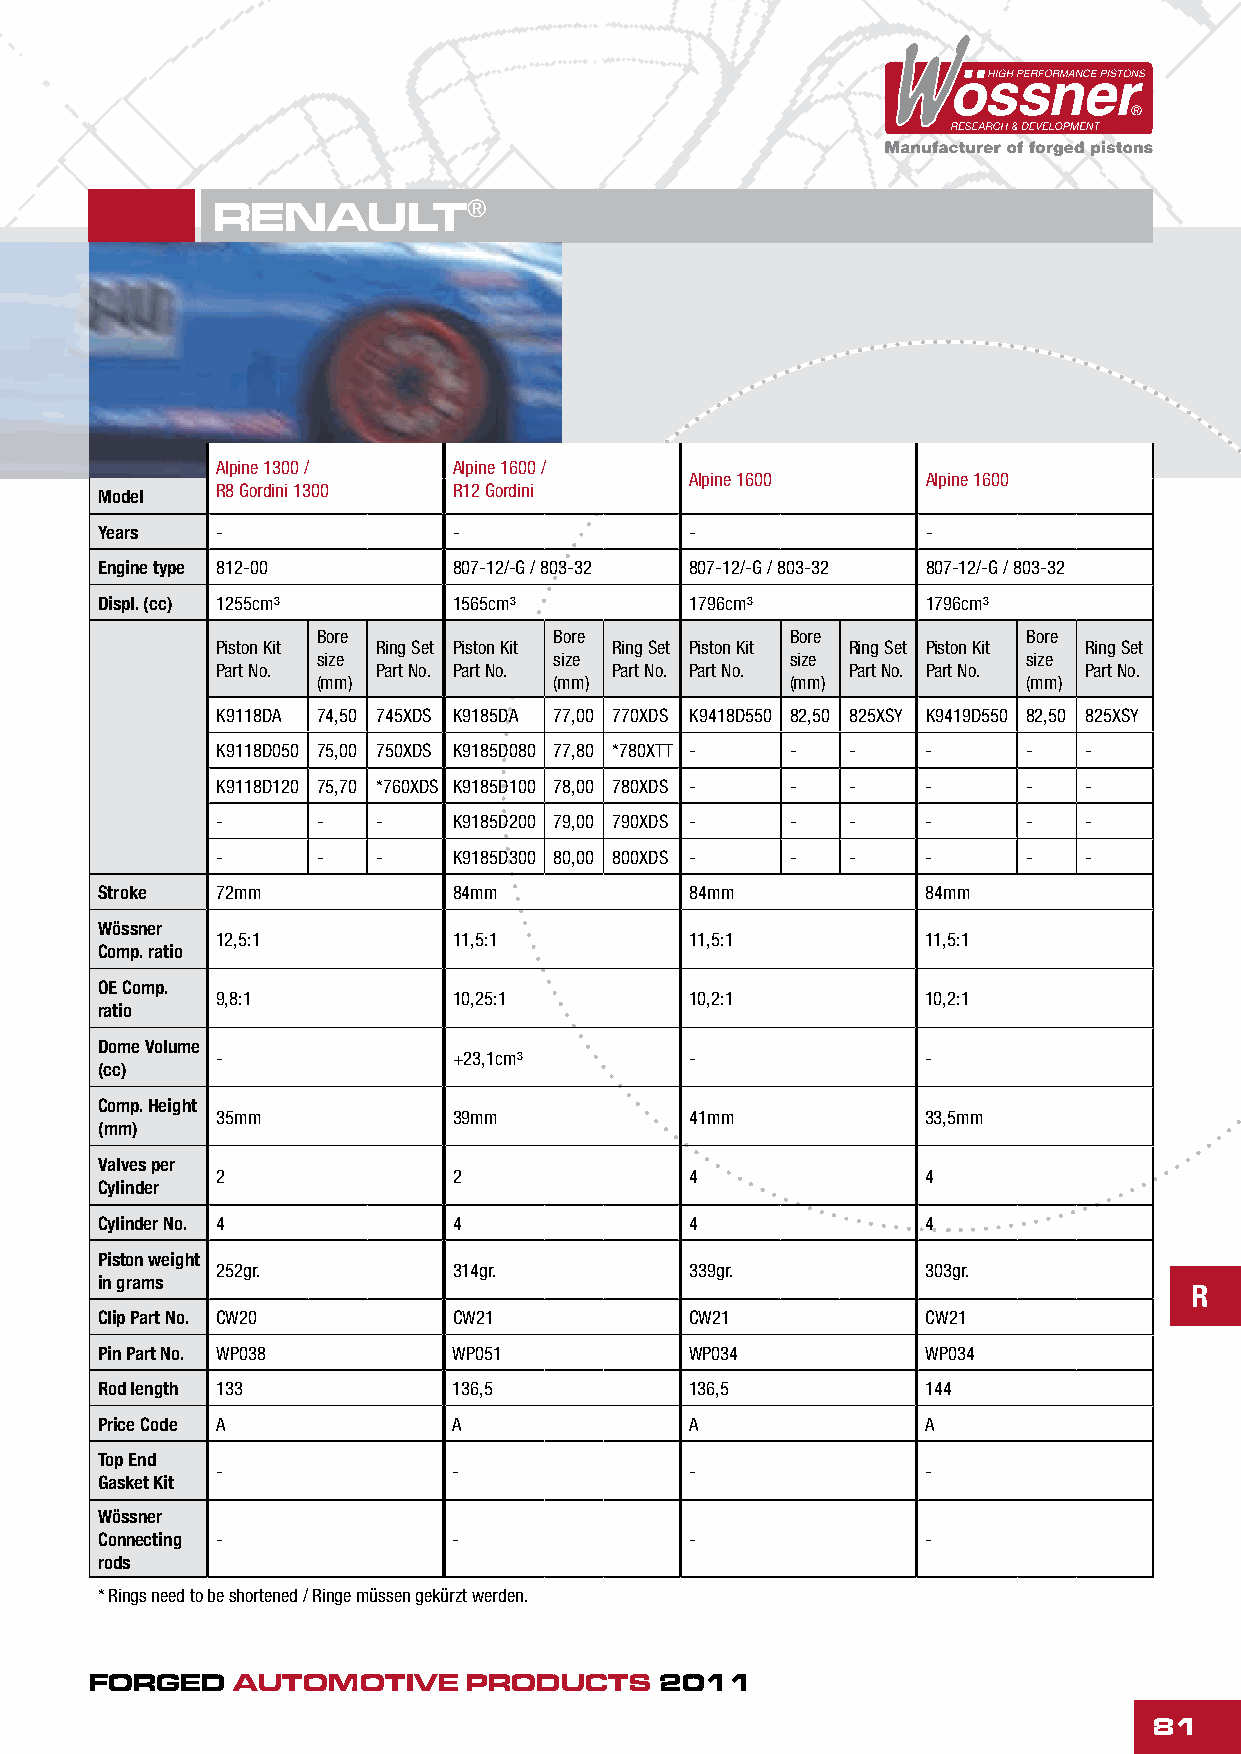
RENAULT®
 Alpine 1300 /   Alpine 1600 /
 Alpine 1600    Alpine 1600
 R8 Gordini 1300 R12 Gordini
 Model
 Years  -               -               -              -
 Engine type 812-00     807-12/-G / 803-32 807-12/-G / 803-32 807-12/-G / 803-32
 Displ. (cc) 1255cm³     1565cm³         1796cm³        1796cm³
 Bore            Bore           Bore            Bore
 Piston Kit Ring Set Piston Kit Ring Set Piston Kit Ring Set Piston Kit Ring Set
 size            size           size            size
 Part No.   Part No. Part No. Part No. Part No. Part No. Part No. Part No.
 (mm)            (mm)           (mm)            (mm)
 K9118DA 74,50 745XDS K9185DA 77,00 770XDS K9418D550 82,50 825XSY K9419D550 82,50 825XSY
 K9118D050 75,00 750XDS K9185D080 77,80 *780XTT - - - - -  -
 K9118D120 75,70 *760XDS K9185D100 78,00 780XDS - - - - -  -
 -      -   -    K9185D200 79,00 790XDS - - -   -      -   -
 -      -   -    K9185D300 80,00 800XDS - - -   -      -   -
 Stroke  72mm            84mm            84mm           84mm
 Wössner
 12,5:1          11,5:1          11,5:1         11,5:1
 Comp. ratio
 OE Comp.
 9,8:1           10,25:1         10,2:1         10,2:1
 ratio
 Dome Volume
 -               +23,1cm³        -              -
 (cc)
 Comp. Height
 35mm            39mm            41mm           33,5mm
 (mm)
 Valves per
 2               2               4              4
 Cylinder
 Cylinder No. 4          4               4              4
 Piston weight
 252gr.          314gr.          339gr.         303gr.
 in grams
 R
 Clip Part No. CW20      CW21            CW21           CW21
 Pin Part No. WP038      WP051           WP034          WP034
 Rod length 133          136,5           136,5          144
 Price Code A            A               A              A
 Top End
 -               -               -              -
 Gasket Kit
 Wössner
 Connecting -            -               -              -
 rods
 * Rings need to be shortened / Ringe müssen gekürzt werden.
 FORGED   AUTOMOTIVE      PRODUCTS     2011
 81